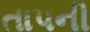
તાપની